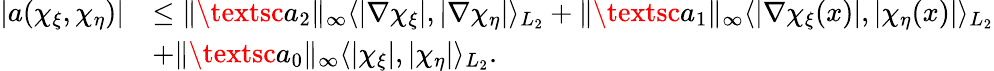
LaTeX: \begin{array}{rl}{|a(\chi_{\xi},\chi_{\eta})|}&{\le\| \textsc{a}_{2}\| _{\infty}\langle|\nabla\chi_{\xi}|,|\nabla\chi_{\eta}|\rangle_{L_{2}}+\| \textsc{a}_{1}\| _{\infty}\langle|\nabla\chi_{\xi}(x)|,|\chi_{\eta}(x)|\rangle_{L_{2}}}\\ &{+\| \textsc{a}_{0}\| _{\infty}\langle|\chi_{\xi}|,|\chi_{\eta}|\rangle_{L_{2}}.}\end{array}